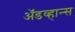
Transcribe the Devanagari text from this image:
ॲडव्हान्स